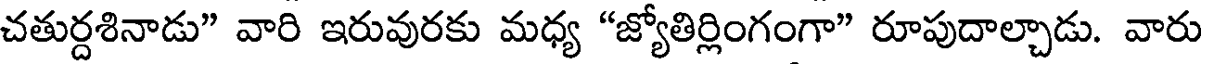
చతుర్దశినాడు" వారి ఇరువురకు మధ్య "జ్యోతిర్లింగంగా" రూపుదాల్చాడు. వారు